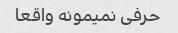
حرفی نمیمونه واقعا